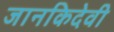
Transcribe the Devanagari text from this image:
जानकिदेवी